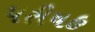
પરીષહ